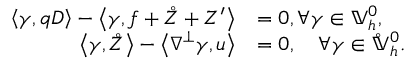
\begin{array} { r l } { \left\langle \gamma , q D \right\rangle - \left\langle \gamma , f + \mathring { Z } + Z ^ { \prime } \right\rangle } & { = 0 , \forall \gamma \in \mathbb { V } _ { h } ^ { 0 } , } \\ { \left\langle \gamma , \mathring { Z } \right\rangle - \left\langle \nabla ^ { \perp } \gamma , u \right\rangle } & { = 0 , \quad \forall \gamma \in \mathring { \mathbb { V } } _ { h } ^ { 0 } . } \end{array}